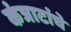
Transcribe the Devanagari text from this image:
कंत्राटांचे